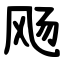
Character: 飏